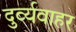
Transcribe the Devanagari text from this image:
दुर्व्यवाहर